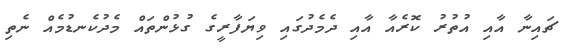
ޗައިނާ އާއި އުތުރު ކޮރެއާ އާއި ދެމެދުގައި ވިޔަފާރީގެ ގުޅުންތައް މެދުކެނޑުމެއް ނެތި